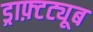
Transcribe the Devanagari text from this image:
ड्राफ़्टट्यूब